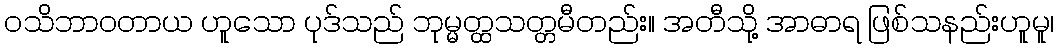
ဝသိဘာဝတာယ ဟူသော ပုဒ်သည် ဘုမ္မတ္ထသတ္တမီတည်း။ အတီသို့ အာဓာရ ဖြစ်သနည်းဟူမူ၊